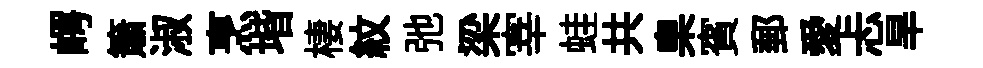
崿簫淑烹堦棲紋弛梁宰蛙共臬賓郵愛忐旱